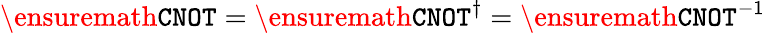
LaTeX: \ensuremath{\mathtt{CNOT}}=\ensuremath{\mathtt{CNOT}}^{\dagger}=\ensuremath{\mathtt{CNOT}}^{-1}